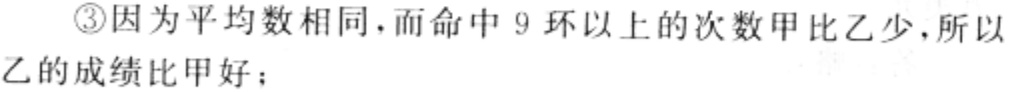
\textcircled{3}因为平均数相同，而命中$9$环以上的次数甲比乙少，所以乙的成绩比甲好；